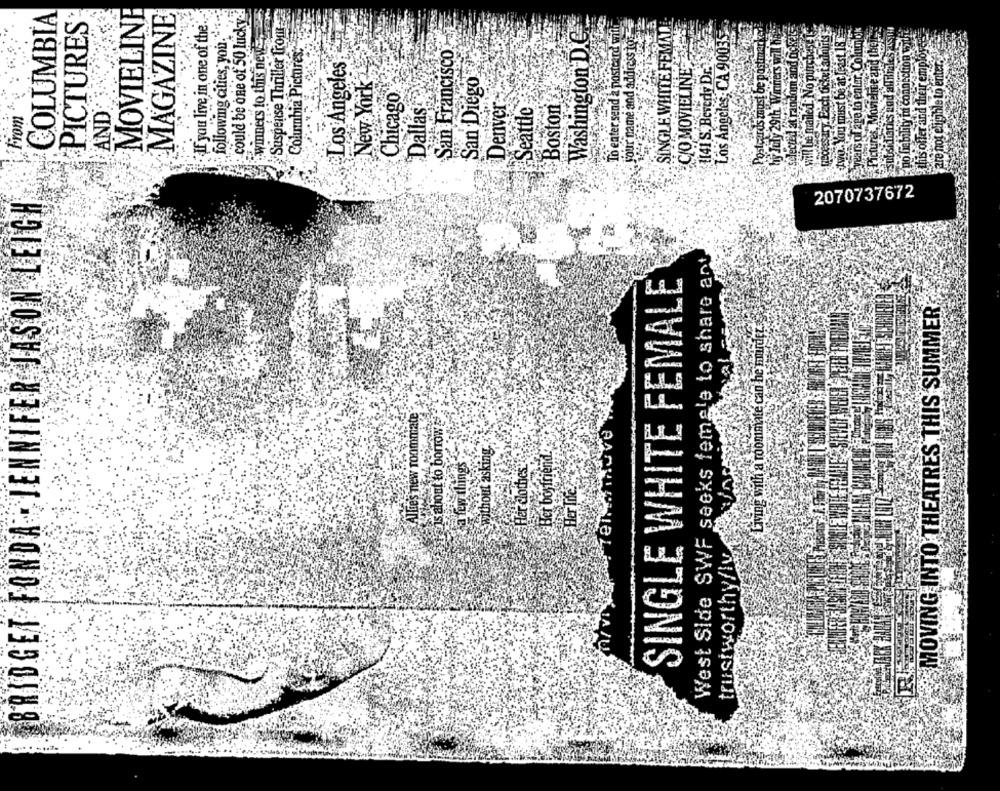
COLUMBIA
MOVIELINE
MAGAZINE
following cities, you."".
could be one of 50 lucky ..
winners to this neve,
Suspense Thriller Trout
PICTURES
"If you live in one of the.
To enter send a postcard with
your name and address tos-
Washington D.C.
SINGLE WHITE FEMAL
CIO MOVIELINES
Los Angeles, CA 90035
1141 S. Beverly Dr.
Columbia Pictures:
San Francisco
Los Angeles
New York
San Diego
Chicago
Dallas
Denver
AND
Seattle
Boston
From
BRIDGET FONDA - JENNIFER JASON LEIGH
2070737672
West Side SWF seeks female to share ant
SINGLE WHITE FEMALE
SI, WITH SCHRIFTH
MOVING INTO THEATRES THIS SUMMER;
Living with a roommate can be mn
Alles new roommate
s about to borrow?
thout asking
Her boyfriend.
a few things
Her cloth
Her life
trustworthy/ly.